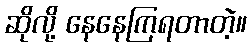
ဆိုလို့ နေနေကြရတာတဲ့။